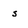
Character: S